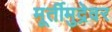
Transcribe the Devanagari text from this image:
मूर्तीमुद्रेवर